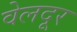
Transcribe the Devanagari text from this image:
वेलदूर